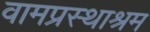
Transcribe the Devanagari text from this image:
वामप्रस्थाश्रम